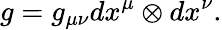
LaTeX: g=g_{\mu\nu}dx^{\mu}\otimes dx^{\nu}.